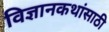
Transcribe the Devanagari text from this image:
विज्ञानकथांसाठी